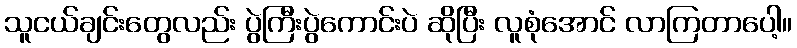
သူငယ်ချင်းတွေလည်း ပွဲကြီးပွဲကောင်းပဲ ဆိုပြီး လူစုံအောင် လာကြတာပေါ့။